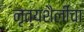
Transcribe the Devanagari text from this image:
नृत्यशैलीचा